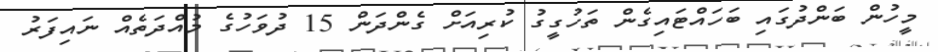
މީހުން ބަންދުގައި ބަހައްޓައިގެން ތަހުގީގު ކުރިއަށް ގެންދަން 15 ދުވަހުގެ މުއްދަތެއް ނައިފަރު